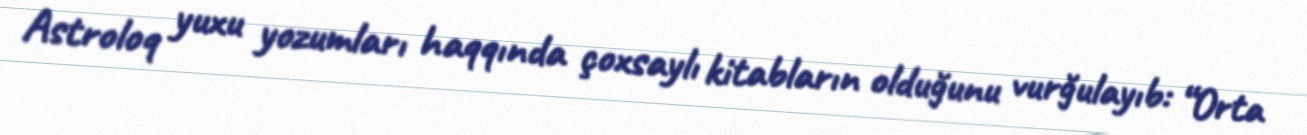
Astroloq yuxu yozumları haqqında çoxsaylı kitabların olduğunu vurğulayıb: “Orta